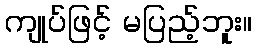
ကျုပ်ဖြင့် မပြည့်ဘူး။